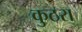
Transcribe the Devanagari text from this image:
कुठरा